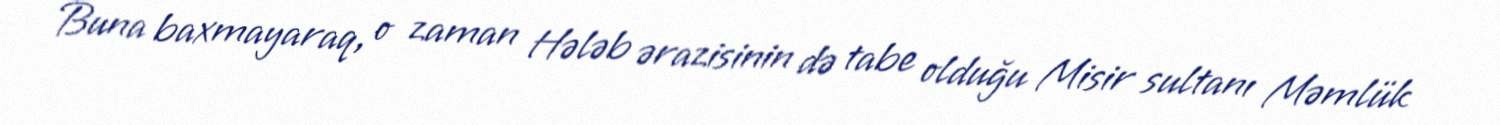
Buna baxmayaraq, o zaman Hələb ərazisinin də tabe olduğu Misir sultanı Məmlük